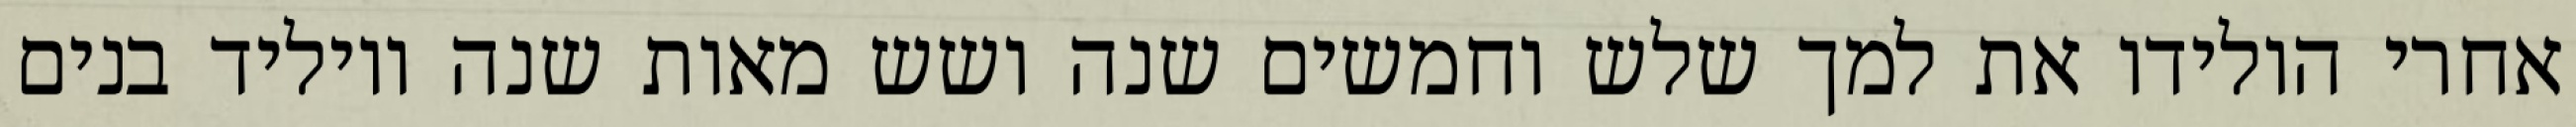
אחרי הולידו את למך שלש וחמשים שנה ושש מאות שנה ויוליד בנים